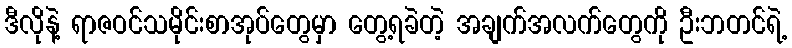
ဒီလိုနဲ့ ရာဇဝင်သမိုင်းစာအုပ်တွေမှာ တွေ့ရခဲတဲ့ အချက်အလက်တွေကို ဦးဘတင်ရဲ့